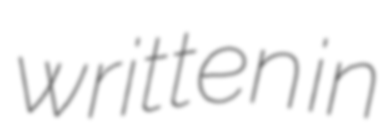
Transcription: written in